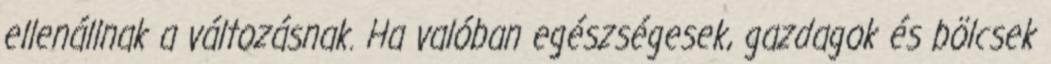
ellenállnak a változásnak. Ha valóban egészségesek, gazdagok és bölcsek